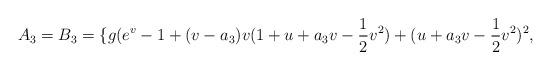
LaTeX: \begin{align*} A_{3}=B_{3}=\{g(e^{v}-1+(v-a_3)v(1+u+a_3v-\frac{1}{2}v^{2})+(u+a_3v-\frac{1}{2}v^{2})^{2}, \end{align*}